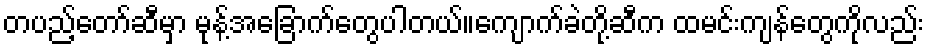
တပည့်တော်ဆီမှာ မုန့်အခြောက်တွေပါတယ်။ကျောက်ခဲတို့ဆီက ထမင်းကျန်တွေကိုလည်း